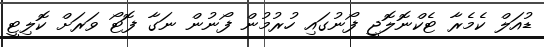
ޑުއަލް ކެމެރާ ޓެކްނޮލޮޖީ ފޯނުގައި ހުރުމުން ފޯނުން ނަގާ ފޮޓޯ ވަރަށް ކޮލިޓީ